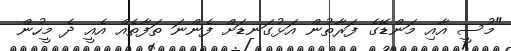
"މުސީ އާއި މަންޑޭގެ ފަރާތުން އަޅުގަނޑަށް ފެންނަ ތަފާތެއް އެއީ ދެ މީހުން